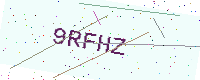
Text: 9RFHZ